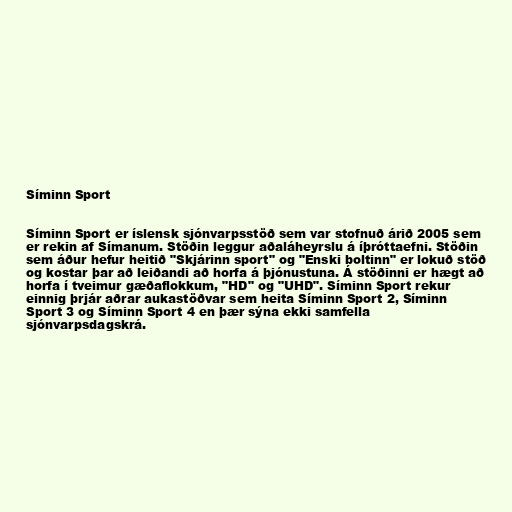
Síminn Sport

Síminn Sport er íslensk sjónvarpsstöð sem var stofnuð árið 2005 sem
er rekin af Símanum. Stöðin leggur aðaláheyrslu á íþróttaefni. Stöðin
sem áður hefur heitið "Skjárinn sport" og "Enski boltinn" er lokuð stöð
og kostar þar að leiðandi að horfa á þjónustuna. Á stöðinni er hægt að
horfa í tveimur gæðaflokkum, "HD" og "UHD". Síminn Sport rekur
einnig þrjár aðrar aukastöðvar sem heita Síminn Sport 2, Síminn
Sport 3 og Síminn Sport 4 en þær sýna ekki samfella
sjónvarpsdagskrá.